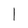
Character: l